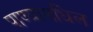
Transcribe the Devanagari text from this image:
पाण्यामधिल